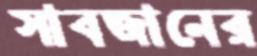
সাবজানের